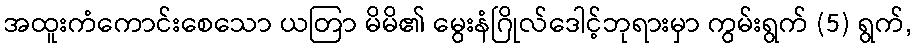
အထူးကံကောင်းစေသော ယတြာ မိမိ၏ မွေးနံဂြိုလ်ဒေါင့်ဘုရားမှာ ကွမ်းရွက် (5) ရွက်,